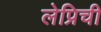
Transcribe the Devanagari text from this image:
लेप्रिची